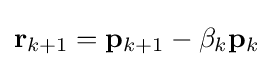
\mathbf {r} _{k+1}=\mathbf {p} _{k+1}-\mathbf {\beta } _{k}\mathbf {p} _{k}